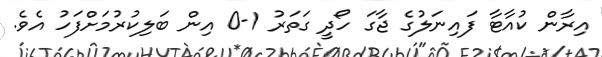
އިރާން ކުއާޓާ ފައިނަލުގެ ޖާގަ ހޯދީ ގަތަރު 1-0 އިން ބަލިކުރުމަށްފަހު އެވެ.